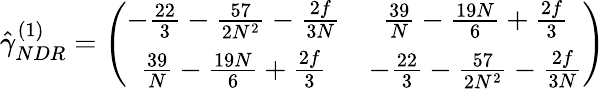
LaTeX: \hat{\gamma}_{NDR}^{(1)}=\left(\begin{array}{cc}{{-\frac{22}{3}-\frac{57}{2N^{2}}-\frac{2f}{3N}}}&{{\frac{39}{N}-\frac{19N}{6}+\frac{2f}{3}}}\\ {{\frac{39}{N}-\frac{19N}{6}+\frac{2f}{3}}}&{{-\frac{22}{3}-\frac{57}{2N^{2}}-\frac{2f}{3N}}}\end{array}\right)